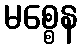
မစ္စေန